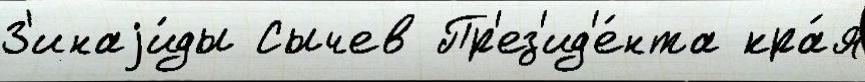
З'инаjи́ды Сычев Пр'ез'ид'е́нта кра́я